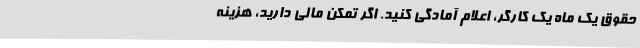
حقوق یک ماه یک کارگر، اعلام آمادگی کنید. اگر تمکن مالی دارید، هزینه